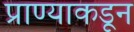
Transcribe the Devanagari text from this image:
प्राण्याकडून